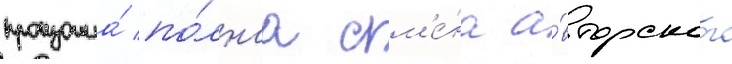
произошла́ по́лнаа см'е́на а́вторского